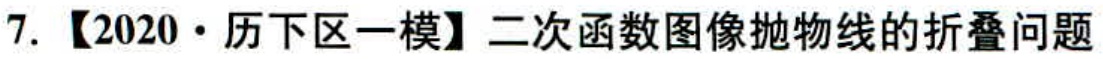
7.【2020·历下区一模】二次函数图像抛物线的折叠问题